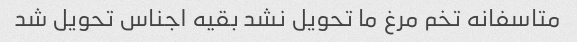
متاسفانه تخم مرغ ما تحویل نشد بقیه اجناس تحویل شد